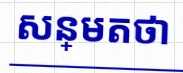
សន្មតថា